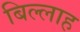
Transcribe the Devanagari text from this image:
बिल्लाह